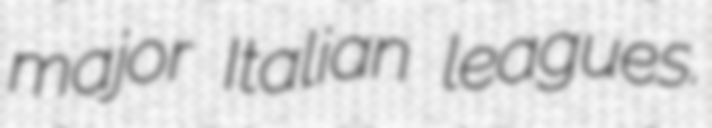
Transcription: major Italian leagues.